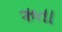
ઋતા